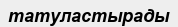
татуластырады